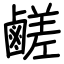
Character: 鹺